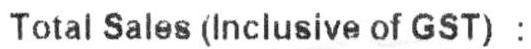
TOTAL SALES (INCLUSIVE OF GST) :